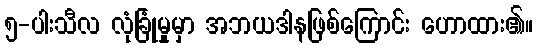
၅-ပါးသီလ လုံခြုံမှုမှာ အဘယဒါနဖြစ်ကြောင်း ဟောထား၏။